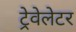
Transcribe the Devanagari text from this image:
ट्रेवेलेटर